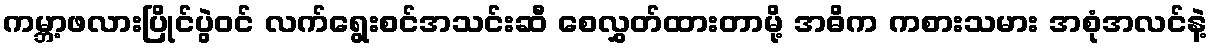
ကမ္ဘာ့ဖလားပြိုင်ပွဲဝင် လက်ရွေးစင်အသင်းဆီ စေလွှတ်ထားတာမို့ အဓိက ကစားသမား အစုံအလင်နဲ့